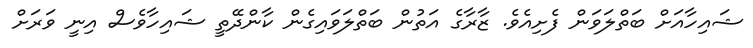
ޝައިހާއަށް ބަތްލަވަން ފެށިއެވެ. ޒާރާގެ އަތުން ބަތްލަވައިގެން ކާންދޭތީ ޝައިހާވެސް އިނީ ވަރަށް